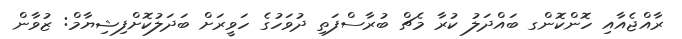
ރާއްޖެއާއި ހޮންކޮންގ ބައްދަލު ކުރާ މެޗް ބުރާސްފަތި ދުވަހުގެ ހަވީރަށް ބަދަލުކޮށްފިޝިޔާމް: ޒުވާން